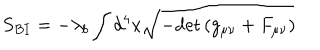
LaTeX: S _ { B I } = - \lambda _ { b } \int { d ^ { 4 } x \sqrt { - \mathrm { d e t } \left( g _ { \mu \nu } + F _ { \mu \nu } \right) } }